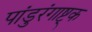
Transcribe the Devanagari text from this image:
पांडुरंगाष्ट्क